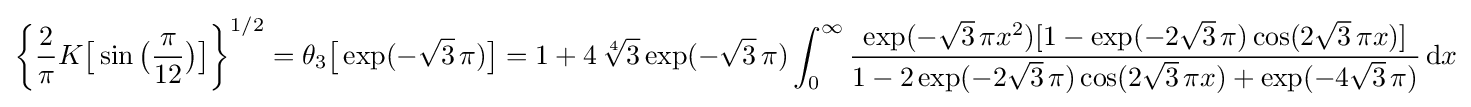
{\biggl \{}{\frac {2}{\pi }}K{\bigl [}\sin {\bigl (}{\frac {\pi }{12}}{\bigr )}{\bigr ]}{\biggr \}}^{1/2}=\theta _{3}{\bigl [}\exp(-{\sqrt {3}}\,\pi ){\bigr ]}=1+4\,{\sqrt[{4}]{3}}\exp(-{\sqrt {3}}\,\pi )\int _{0}^{\infty }{\frac {\exp(-{\sqrt {3}}\,\pi x^{2})[1-\exp(-2{\sqrt {3}}\,\pi )\cos(2{\sqrt {3}}\,\pi x)]}{1-2\exp(-2{\sqrt {3}}\,\pi )\cos(2{\sqrt {3}}\,\pi x)+\exp(-4{\sqrt {3}}\,\pi )}}\,\mathrm {d} x